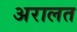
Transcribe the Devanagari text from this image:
अरालत